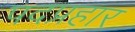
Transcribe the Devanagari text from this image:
पदप्रहार